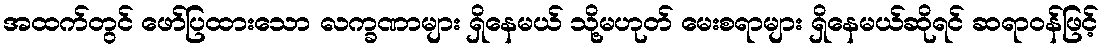
အထက်တွင် ဖော်ပြထားသော လက္ခဏာများ ရှိနေမယ် သို့မဟုတ် မေးစရာများ ရှိနေမယ်ဆိုရင် ဆရာဝန်ဖြင့်